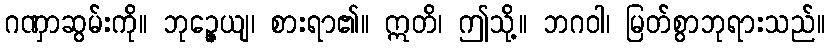
ဂဏှာဆွမ်းကို။ ဘုဉ္ဇေယျ၊ စားရာ၏။ ဣတိ၊ ဤသို့။ ဘဂဝါ၊ မြတ်စွာဘုရားသည်။